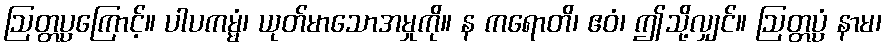
ဩတ္တပ္ပကြောင့်။ ပါပကမ္မံ၊ ယုတ်မာသောအမှုကို။ န ကရောတိ၊ ဧဝံ၊ ဤသို့လျှင်။ ဩတ္တပ္ပံ နာမ၊